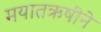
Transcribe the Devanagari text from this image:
मयातऋषीने